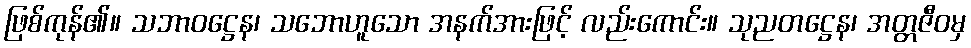
ဖြစ်ကုန်၏။ သဘာဝဋ္ဌေန၊ သဘောဟူသော အနက်အားဖြင့် လည်းကောင်း။ သုညတဋ္ဌေန၊ အတ္တဇီဝမှ